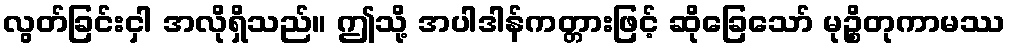
လွတ်ခြင်းငှါ အလိုရှိသည်။ ဤသို့ အပါဒါန်ကတ္တားဖြင့် ဆိုခြေသော် မုဉ္စိတုကာမဿ